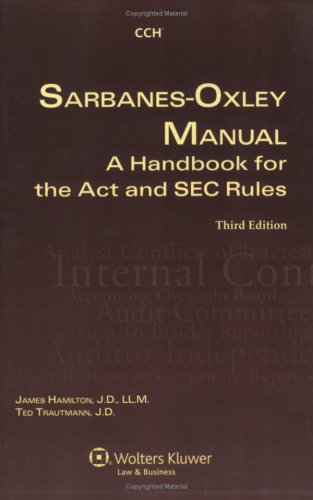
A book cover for Sarbanes Oxley Manual: A Handbook for the Act and SEC Rules; CCH Incorporated; Law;